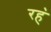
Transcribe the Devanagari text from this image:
रह॓